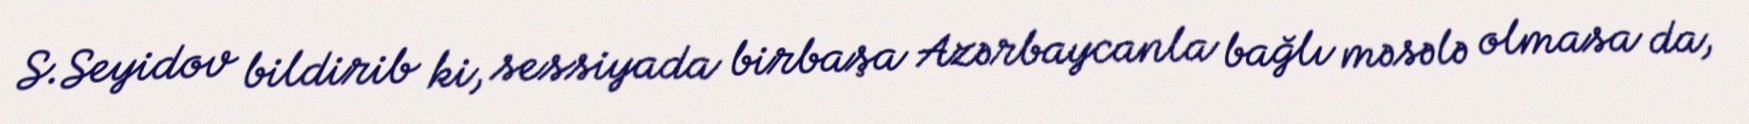
S.Seyidov bildirib ki, sessiyada birbaşa Azərbaycanla bağlı məsələ olmasa da,